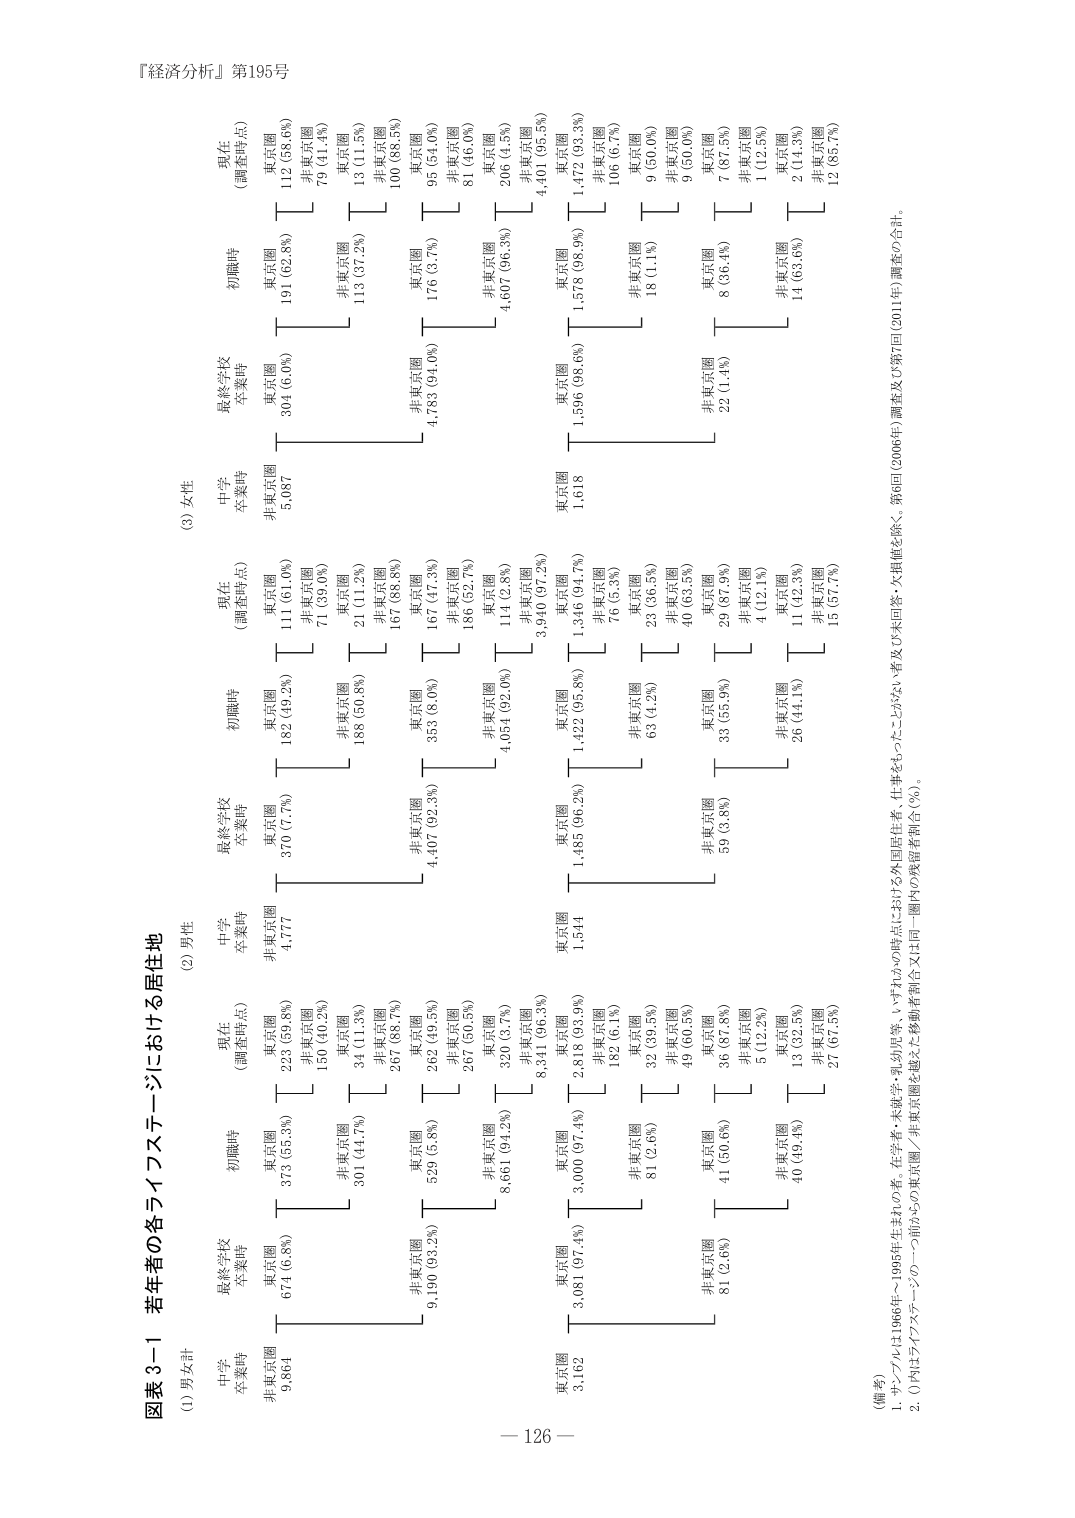
『経済分析』第195号

図表3-1 若年者の各ライフステージにおける居住地

(1) 男女計
中学卒業時
最終学校卒業時
初職時
現在（調査時点）
東京圏
非東京圏
東京圏
非東京圏
東京圏
非東京圏
東京圏
非東京圏
9,864
674 (6.8%)
373 (35.3%)
225 (39.8%)
4,777
370 (7.7%)
182 (49.2%)
111 (61.0%)
304 (6.0%)
191 (62.8%)
112 (38.6%)
非東京圏
9,190 (93.2%)
529 (5.8%)
262 (49.3%)
267 (50.5%)
4,407 (62.3%)
353 (8.0%)
167 (47.3%)
71 (39.0%)
4,783 (94.0%)
176 (3.7%)
95 (54.0%)
東京圏
8,667 (94.2%)
320 (3.7%)
320 (3.7%)
4,054 (92.0%)
114 (2.8%)
186 (52.7%)
81 (46.0%)
4,607 (96.3%)
206 (4.5%)
非東京圏
529 (5.8%)
267 (50.5%)
4,407 (62.3%)
353 (8.0%)
167 (47.3%)
71 (39.0%)
4,783 (94.0%)
176 (3.7%)
95 (54.0%)
東京圏
8,341 (96.3%)
3,940 (97.2%)
1,422 (95.8%)
1,346 (94.7%)
1,596 (98.6%)
1,472 (93.3%)
非東京圏
320 (3.7%)
114 (2.8%)
186 (52.7%)
81 (46.0%)
4,607 (96.3%)
206 (4.5%)
東京圏
3,162
3,081 (97.4%)
2,818 (93.9%)
1,544
1,485 (96.2%)
1,422 (95.8%)
1,346 (94.7%)
1,596 (98.6%)
1,472 (93.3%)
非東京圏
81 (2.6%)
41 (50.6%)
36 (87.8%)
59 (3.8%)
33 (55.9%)
29 (87.9%)
22 (1.4%)
8 (36.4%)
7 (87.5%)
東京圏
41 (50.6%)
36 (87.8%)
59 (3.8%)
33 (55.9%)
29 (87.9%)
22 (1.4%)
8 (36.4%)
7 (87.5%)
非東京圏
40 (49.4%)
13 (32.5%)
26 (44.1%)
11 (42.3%)
14 (63.6%)
2 (14.3%)
東京圏
40 (49.4%)
13 (32.5%)
26 (44.1%)
11 (42.3%)
14 (63.6%)
2 (14.3%)
非東京圏
27 (67.5%)
15 (57.7%)
12 (85.7%)
(2) 男性
中学卒業時
最終学校卒業時
初職時
現在（調査時点）
東京圏
非東京圏
東京圏
非東京圏
東京圏
非東京圏
東京圏
非東京圏
3,162
3,081 (97.4%)
2,818 (93.9%)
1,544
1,485 (96.2%)
1,422 (95.8%)
1,346 (94.7%)
1,596 (98.6%)
1,472 (93.3%)
非東京圏
81 (2.6%)
41 (50.6%)
36 (87.8%)
59 (3.8%)
33 (55.9%)
29 (87.9%)
22 (1.4%)
8 (36.4%)
7 (87.5%)
東京圏
41 (50.6%)
36 (87.8%)
59 (3.8%)
33 (55.9%)
29 (87.9%)
22 (1.4%)
8 (36.4%)
7 (87.5%)
非東京圏
40 (49.4%)
13 (32.5%)
26 (44.1%)
11 (42.3%)
14 (63.6%)
2 (14.3%)
東京圏
40 (49.4%)
13 (32.5%)
26 (44.1%)
11 (42.3%)
14 (63.6%)
2 (14.3%)
非東京圏
27 (67.5%)
15 (57.7%)
12 (85.7%)
(3) 女性
中学卒業時
最終学校卒業時
初職時
現在（調査時点）
東京圏
非東京圏
東京圏
非東京圏
東京圏
非東京圏
東京圏
非東京圏
6,702
6,702 (100.0%)
6,702 (100.0%)
6,702 (100.0%)
6,702 (100.0%)
6,702 (100.0%)
6,702 (100.0%)
6,702 (100.0%)
非東京圏
0 (0.0%)
0 (0.0%)
0 (0.0%)
0 (0.0%)
0 (0.0%)
0 (0.0%)
0 (0.0%)
0 (0.0%)
東京圏
6,702 (100.0%)
6,702 (100.0%)
6,702 (100.0%)
6,702 (100.0%)
6,702 (100.0%)
6,702 (100.0%)
6,702 (100.0%)
6,702 (100.0%)
非東京圏
0 (0.0%)
0 (0.0%)
0 (0.0%)
0 (0.0%)
0 (0.0%)
0 (0.0%)
0 (0.0%)
0 (0.0%)
東京圏
6,702 (100.0%)
6,702 (100.0%)
6,702 (100.0%)
6,702 (100.0%)
6,702 (100.0%)
6,702 (100.0%)
6,702 (100.0%)
6,702 (100.0%)
非東京圏
0 (0.0%)
0 (0.0%)
0 (0.0%)
0 (0.0%)
0 (0.0%)
0 (0.0%)
0 (0.0%)
0 (0.0%)
（備考）
1. サンプルは1966年～1969年生まれの者。在学者・未就学・乳幼児等、いずれかの時点における外国居住者（仕事をおもった二つがない者及び5未回答・欠損値を除く。第6回（2006年）調査及び第7回（2011年）調査の合計。
2. （内）はライフステージの一つ前からの東京圏／非東京圏を越えた移動者割合（％）。

— 126 —